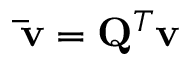
\mathbf { \bar { v } } = \mathbf { Q } ^ { T } \mathbf { v }